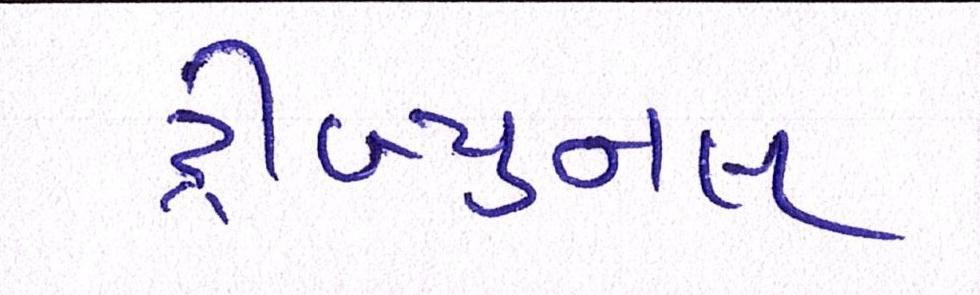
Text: ટ્રીબ્યુનલ